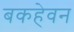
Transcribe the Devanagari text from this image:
बकहेवन